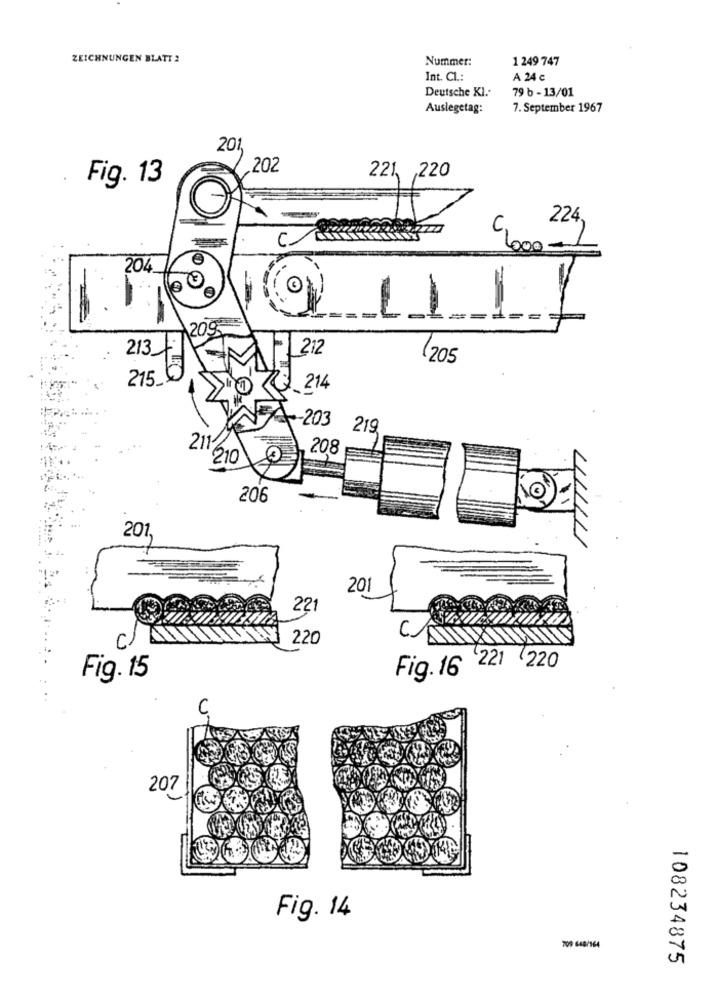
ZEICHNUNGEN BLATT 2
Nummer:
1 249 747
Int. CL .:
A 24 c
Deutsche KI.
79 b - 13/01
Auslegetag:
7. September 1967
201
202
221 220
Fig. 13
224
9.000 24
C
204
-
11/1
=1 =-
20g
213
F 212
(205
215_₺
214
-- 203
219
21
208
210
206
201,
201
221
220
C.
221 220
Fig. 15
Fig. 16
207
Fig. 14
709 648/164
108234875